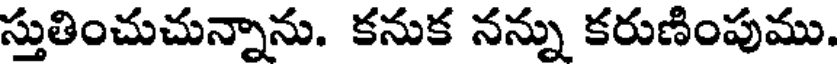
స్తుతించుచున్నాను. కనుక నన్ను కరుణింపుము.